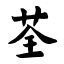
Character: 荃